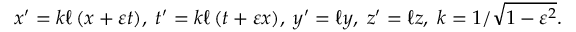
x ^ { \prime } = k \ell \left( x + \varepsilon t \right) \! , \; t ^ { \prime } = k \ell \left( t + \varepsilon x \right) \! , \; y ^ { \prime } = \ell y , \; z ^ { \prime } = \ell z , \; k = 1 / { \sqrt { 1 - \varepsilon ^ { 2 } } } .